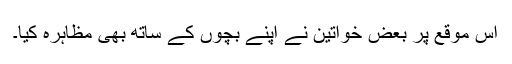
اس موقع پر بعض خواتین نے اپنے بچوں کے ساتھ بھی مظاہرہ کیا۔